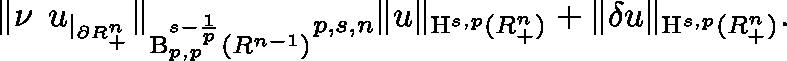
\begin{array} { r } { \lVert \nu \mathbin { \lrcorner } u _ { | _ { \partial \mathbb { R } _ { + } ^ { n } } } \rVert _ { \mathrm { B } _ { p , p } ^ { s - \frac { 1 } { p } } ( \mathbb { R } ^ { n - 1 } ) } \lesssim _ { p , s , n } \lVert u \rVert _ { { \mathrm { H } } ^ { s , p } ( \mathbb { R } _ { + } ^ { n } ) } + \lVert \mathbf { \delta } u \rVert _ { { \mathrm { H } } ^ { s , p } ( \mathbb { R } _ { + } ^ { n } ) } \mathrm { . } } \end{array}